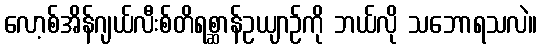
လော့စ်အိန်ဂျယ်လီးစ်တိရစ္ဆာန်ဥယျာဉ်ကို ဘယ်လို သဘောရသလဲ။